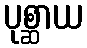
ပုစ္ဆာယ